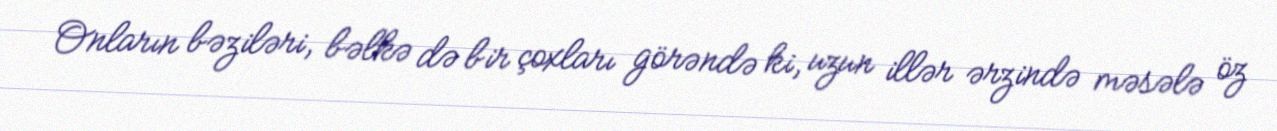
Onların bəziləri, bəlkə də bir çoxları görəndə ki, uzun illər ərzində məsələ öz